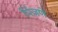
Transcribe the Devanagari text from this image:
पिंजणे